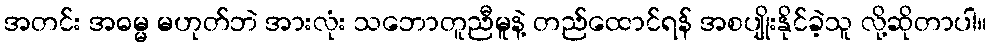
အတင်း အဓမ္မ မဟုတ်ဘဲ အားလုံး သဘောတူညီမူနဲ့ တည်ထောင်ရန် အစပျိုးနိုင်ခဲ့သူ လို့ဆိုတာပါ။